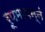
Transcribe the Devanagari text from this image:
रूपमापन्नं